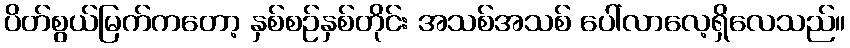
ပိတ်စွယ်မြက်ကတော့ နှစ်စဉ်နှစ်တိုင်း အသစ်အသစ် ပေါ်လာလေ့ရှိလေသည်။